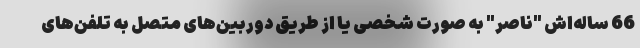
66 ساله‌اش "ناصر" به صورت شخصی یا از طریق دوربین‌های متصل به تلفن‌های